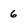
Character: 6